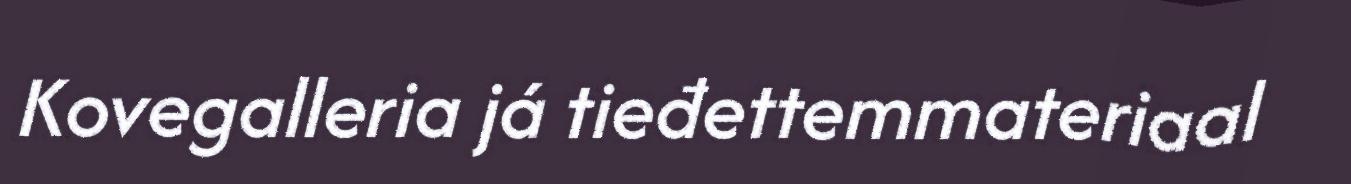
Kovegalleria já tieđettemmateriaal